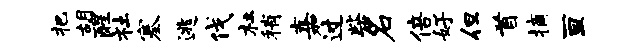
把胡醒社塞逃伐杜稍嘉过柴名倍好但首摘亘